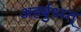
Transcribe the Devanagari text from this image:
अहर्बुध्य्त्